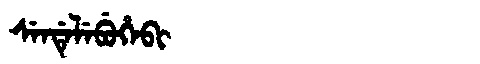
Manchu: ᠰᡝᠨᡩᡝᠯᡝᠪᡠᡥᡝᠪᡳ
Romanization: SENDELEBUHEBI